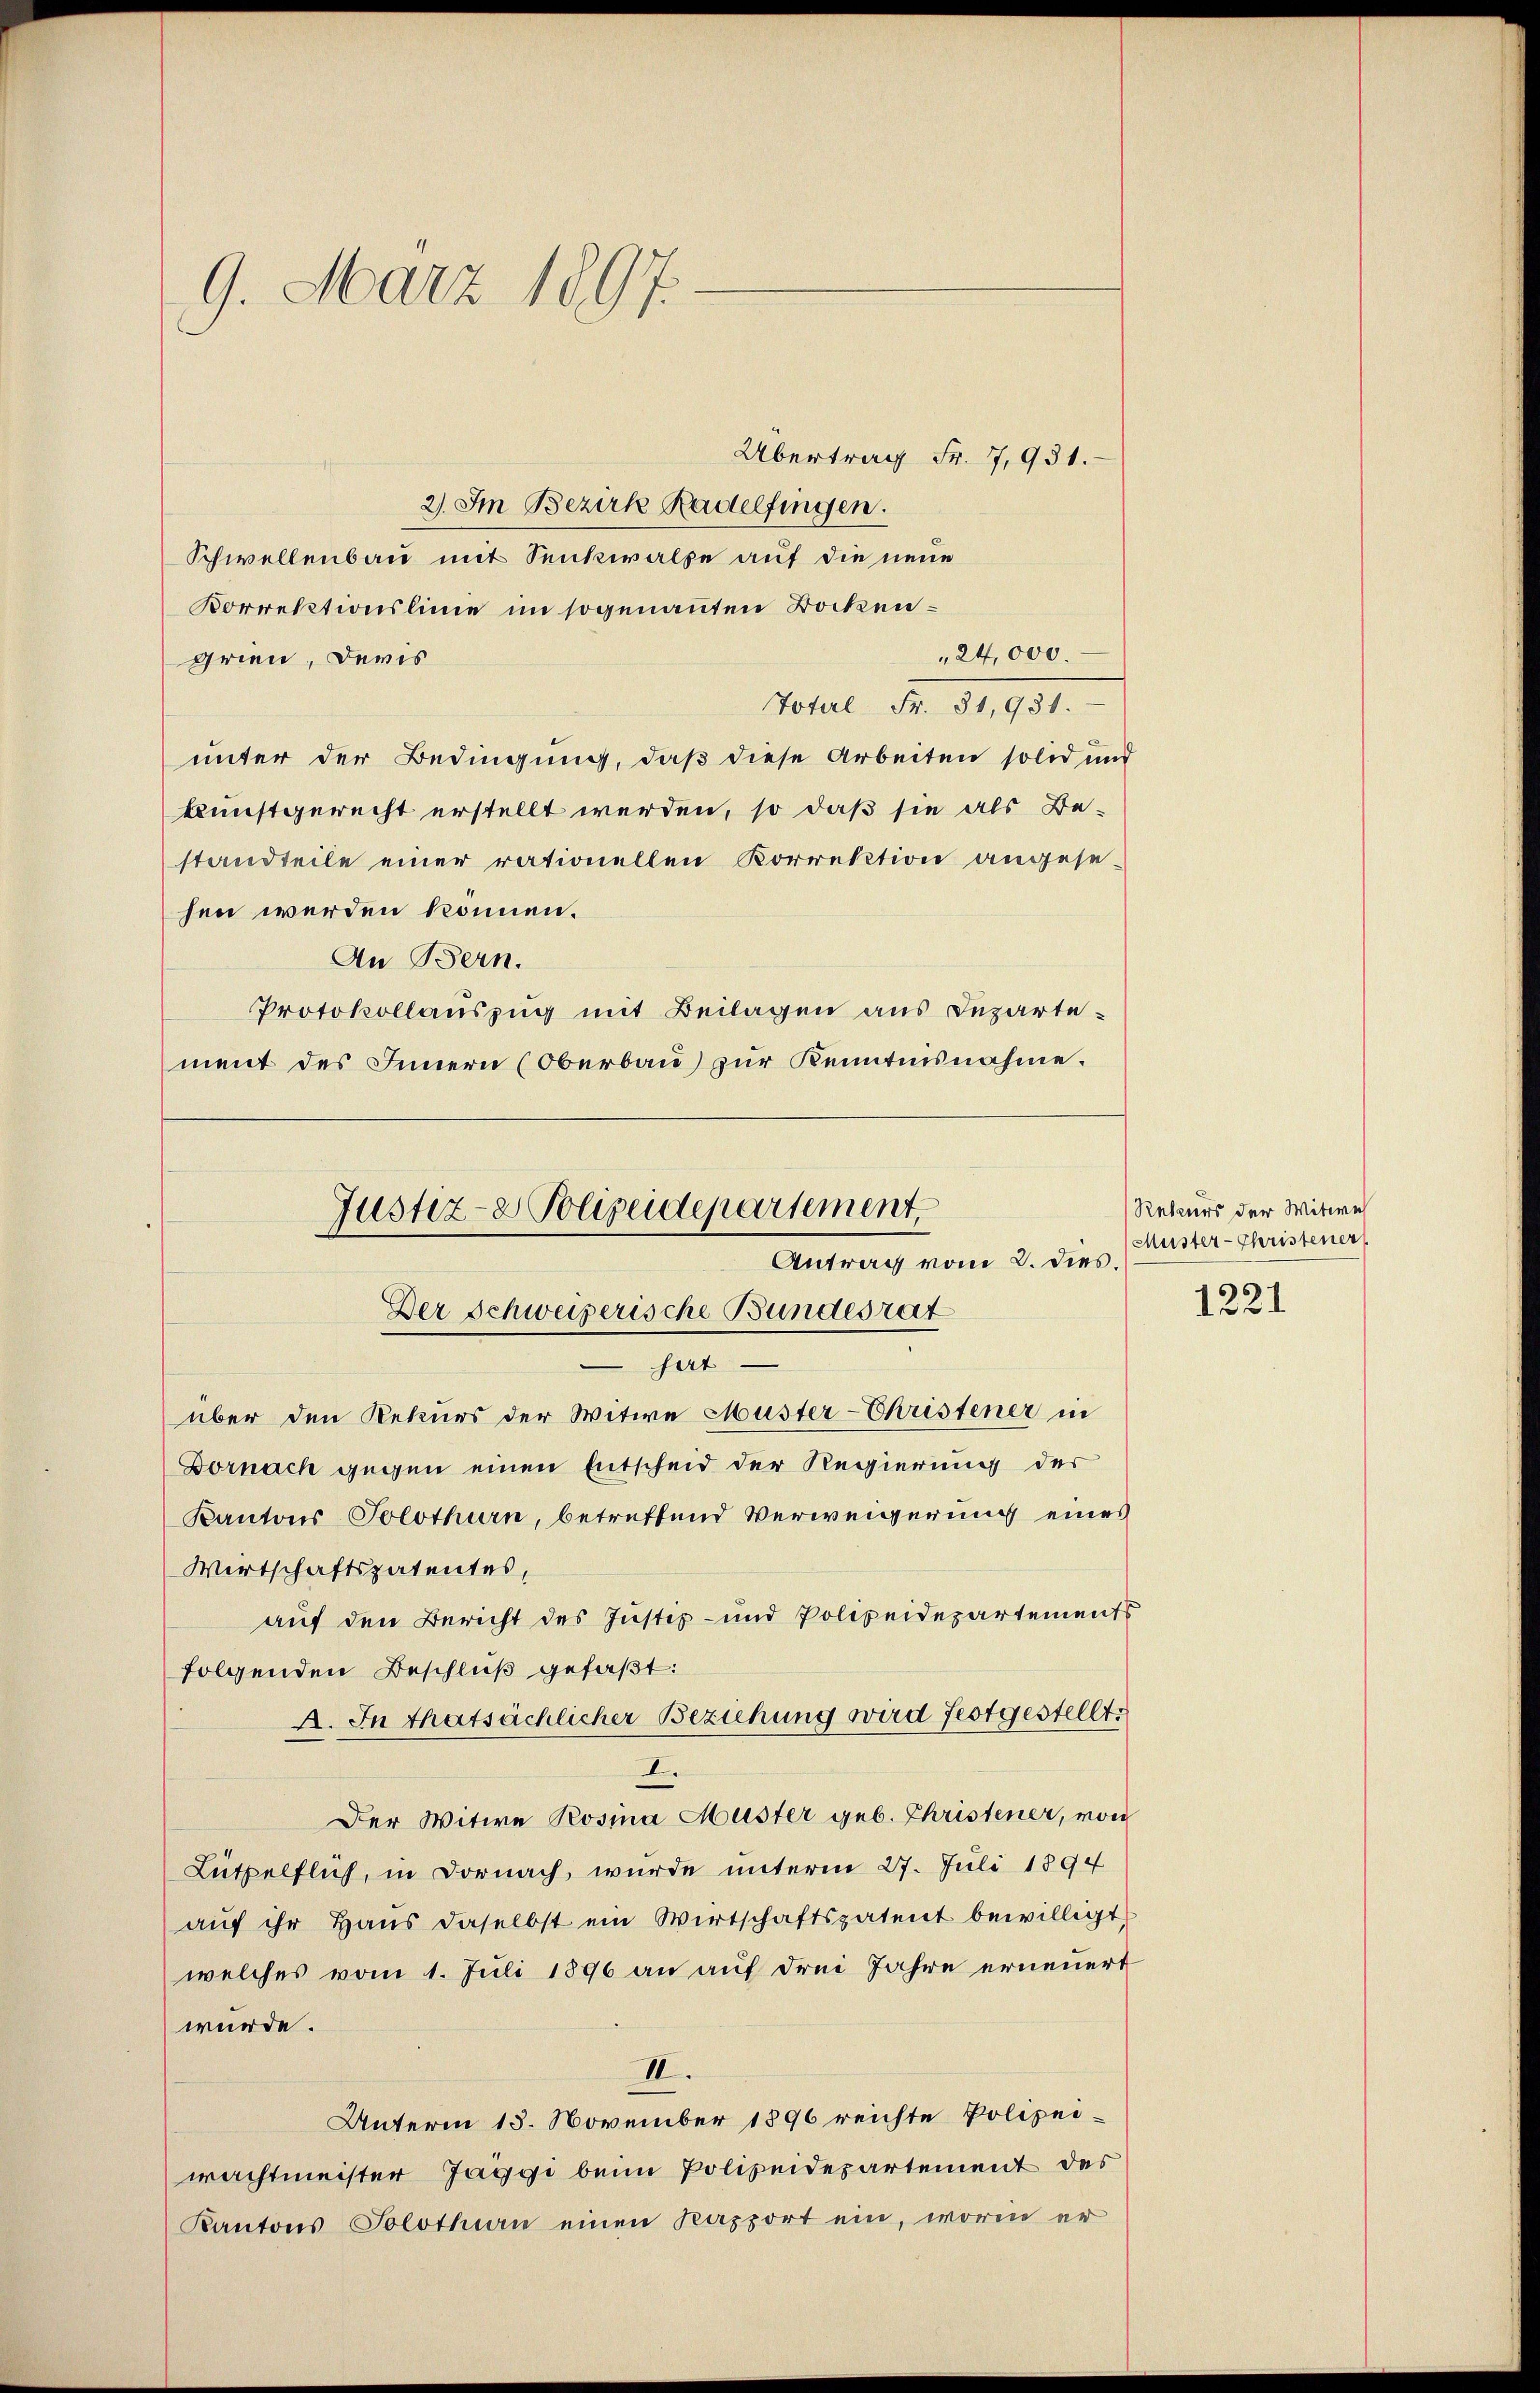
9. März 1897.

Übertrag Fr. 7,951.
2). Im Bezirk Radelfingen.
Schwellenbau mit Senkwalpe auf die neue
Korrektionslinie im sogenannten Bockengrien, ders
Total Fr. 31,931.
unter der Bedingung, daß diese Arbeiten solid und
kunstgerecht erstellt werden, so daß sie als Be-
standteile einer rationellen Korrektion angese
hen werden können.
An Bern.
Protokollauszug mit Beilagen aus Inzartement des Innern (Oberbau zur Kenntnisnahme.

24,000.

Justiz- & Polizeidepartement.
Antrag vom 2. dies.
Der Schweizerische Bundesrat
hat

über den Rekurs der Witwe Muster-Christener in
Bornach gegen einen Entscheid der Regierung der
Kantons Solothurn, betreffend Verweigerung eines
Wirtschaftspatentes,
auf den Bericht des Justiz- und Polizeidepartements
folgenden Beschluß gefaßt:
A. In thatsächlicher Beziehung wird festgestellt.
I.
Der Witwe Rosina Müster geb. Christener, von
Lützelflich, in Dornach, wurde unterm 27. Juli 1894
aŭf ihr Haŭs daselbst ein Wirtschaftspatent bewilligt
welches vom 1. Juli 1896 an auf drei Jahre erneuert
würde.
II.
Unterm 18. November 1896 reichte Polizeiwachtmeister Jaggi beim Polizeidepartement des
Kantons Solothurn einen Kapport ein, worin er

Rekurs der Witwe
Muster-Christener

1221